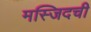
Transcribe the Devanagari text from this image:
मस्जिदची